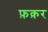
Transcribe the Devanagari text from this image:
फ़क़र